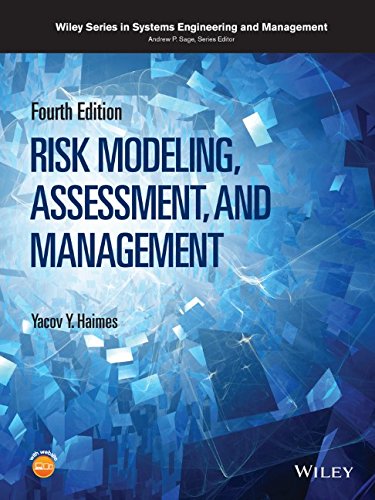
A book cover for Risk Modeling, Assessment, and Management (Wiley Series in Systems Engineering and Management); Business & Money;